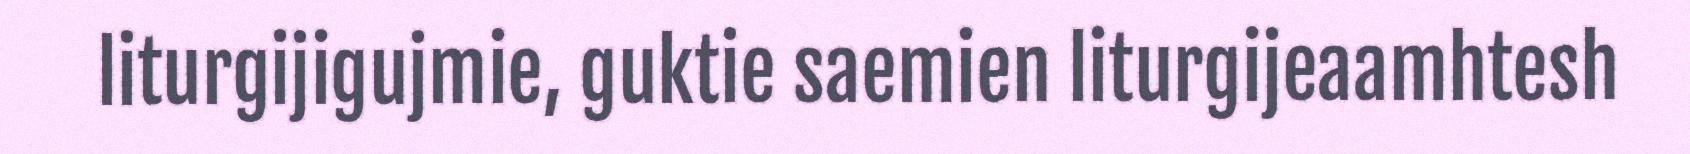
liturgijigujmie, guktie saemien liturgijeaamhtesh